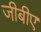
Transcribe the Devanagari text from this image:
जीबीए